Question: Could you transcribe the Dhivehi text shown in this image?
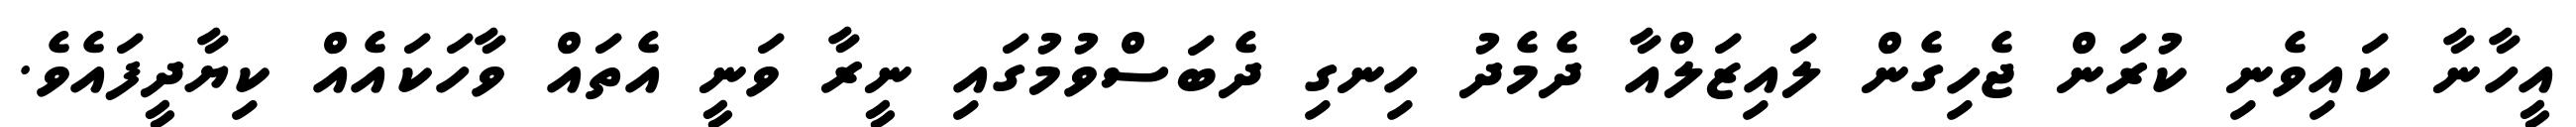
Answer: އީހާނާ ކައިވެނި ކުރަން ޖެހިގެން ލައިޒަލްއާ ދެމެދު ހިނގި ދެބަސްވުމުގައި ނީރާ ވަނީ އެތައް ވާހަކައެއް ކިޔާދީފައެވެ.